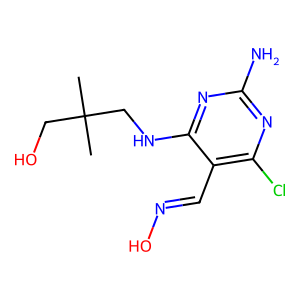
SMILES: CC(C)(CO)CNc1nc(N)nc(Cl)c1C=NO
Inhibits HIV replication: No